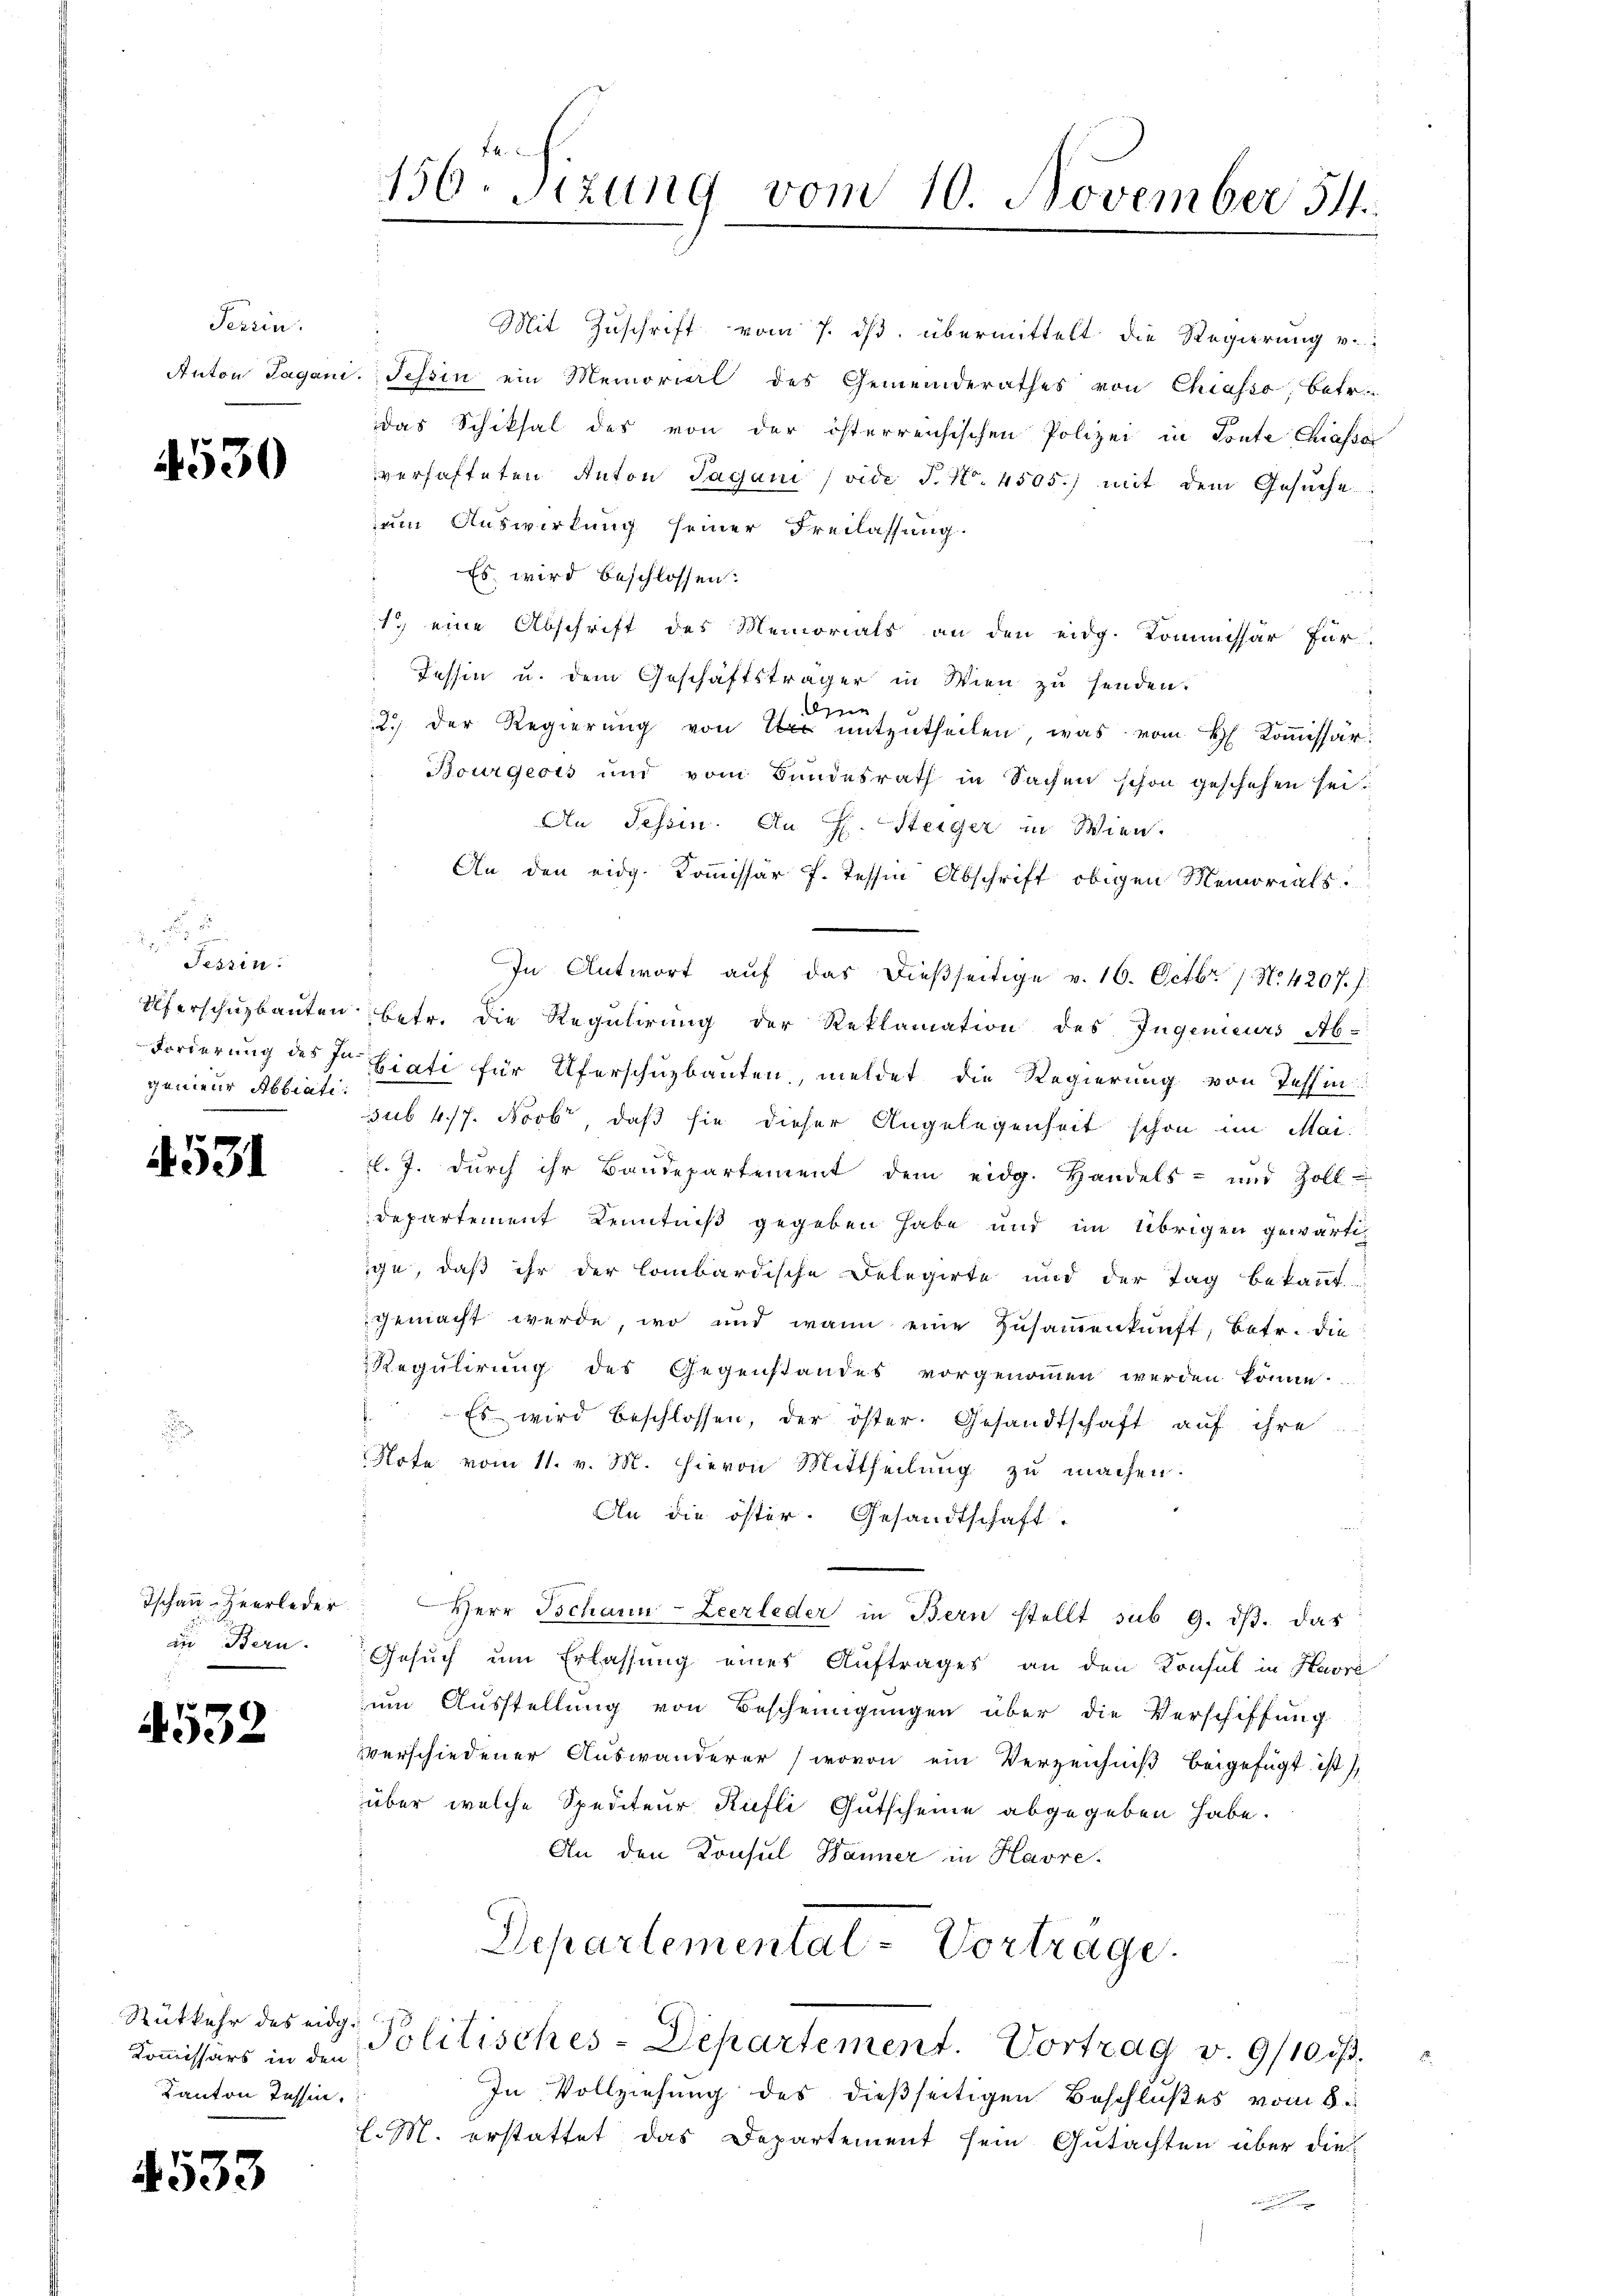
Terrin.
Anton Jagani

4530

Tessin.
Uferschuzbauten.
genieur Abbiati:

4531

Tschau-Heerleder
die Bern.

4532

Rükkehr des eidg.
Kommissärs in den
Kanton Tessin.

4533

156. Sizung vom 10. November 54.

Mit Zuschrift vom 7. ds. übermittelt die Regierung v.
Tessin ein Memorial des Gemeinderathes von Chiasso, betr.
das Schiksal des von der österreichischen Polizei in Toute Chiassa
verhafteten Anton Tagani (vide P. Nr. 4505.) mit dem Gesŭche
um Auswirkung seiner Freilassung.
Es wird beschlossen:
1 eine Abschrift des Memorials an den eidg. Kommissär für
Tessin u. dem Geschäftsträger in Wien zu senden.
dien
2.) der Regierŭng von mitzutheilen, was vom H. Koṁissär:
Bourgeois und vom Bundesrath in Sachen schon geschehen sei.
An Tessin. An H. Steiger in Wien.
E
An den eidg. Kommissär f. Tessin Abschrift obigen Memorials.
In Antwort auf das dießseitige v. 16. Octbr. 1. No. 4207. f.
betr. die Regulirung der Reklamation des Ingenieurs Ab-
Forderung des In Liati für Uferschuzbauten meldet die Regierung von Tessin
sub 4/7. Novbr, daß sie dieser Angelegenheit schon im Mai-
l. J. durch ihr Baudepartement dem eidg. Handels- und Zoll-
departement Kenntniß gegeben habe und im Übrigen gewärtig
ige, daß ihr der Combardische Delegirte und der Tag bekannt
gemacht werde, wo und wann eine Zusammenkunft, betr. die
Regulirung des Gegenstandes vorgenommen werden könne.
. Es wird beschlossen, der öster. Gesandtschaft aŭf ihre
Note vom 11. v. M. hievon Mittheilŭng zŭ machen.
An die öster. Gesandtschaft.
Herr Ischann-Zeerleder in Bern stellt sub 9. dβ. das
Gesuch um Erlassung eines Auftrages an den Konsul in Havre
zum Ausstellung von Bescheinigungen über die Verschiffung
verschiedener Auswanderer (wovon ein Verzeichniβ beigefügt ist,
über welche Spediteur Rufli Gutscheine abgegeben habe.
An den Konsul Hänner in Havre-
Departemental-Vortrage.
Politisches-Departement. Vortrag v. 9/10 ist.
In Vollziehung des dießseitigen Beschlußes vom 8.
l. M. erstattet das Departement sein Gutachten über die